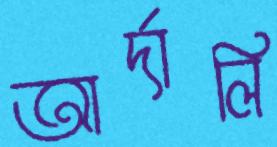
আর্দালি